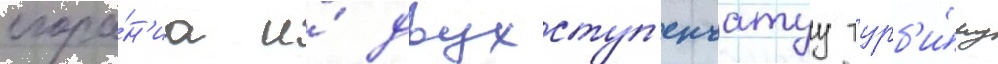
сгора́н'иа и́ двухступ'енчатуу турб'и́ну